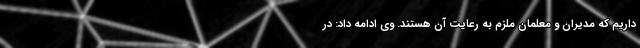
داریم که مدیران و معلمان ملزم به رعایت آن هستند. وی ادامه داد: در